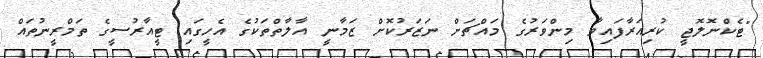
"ޓެކްނޮލޮޖީ ކުރިއަރާފައިވާ މިންވަރުގެ މައްޗަށް ނަޒަރުކޮށް ޒަމާނީ އާލާތްތަކުގެ އެހީގައި ޓީއާރުސީގެ ތަމްރީނުތައް